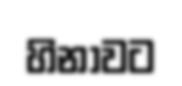
හිනාවට